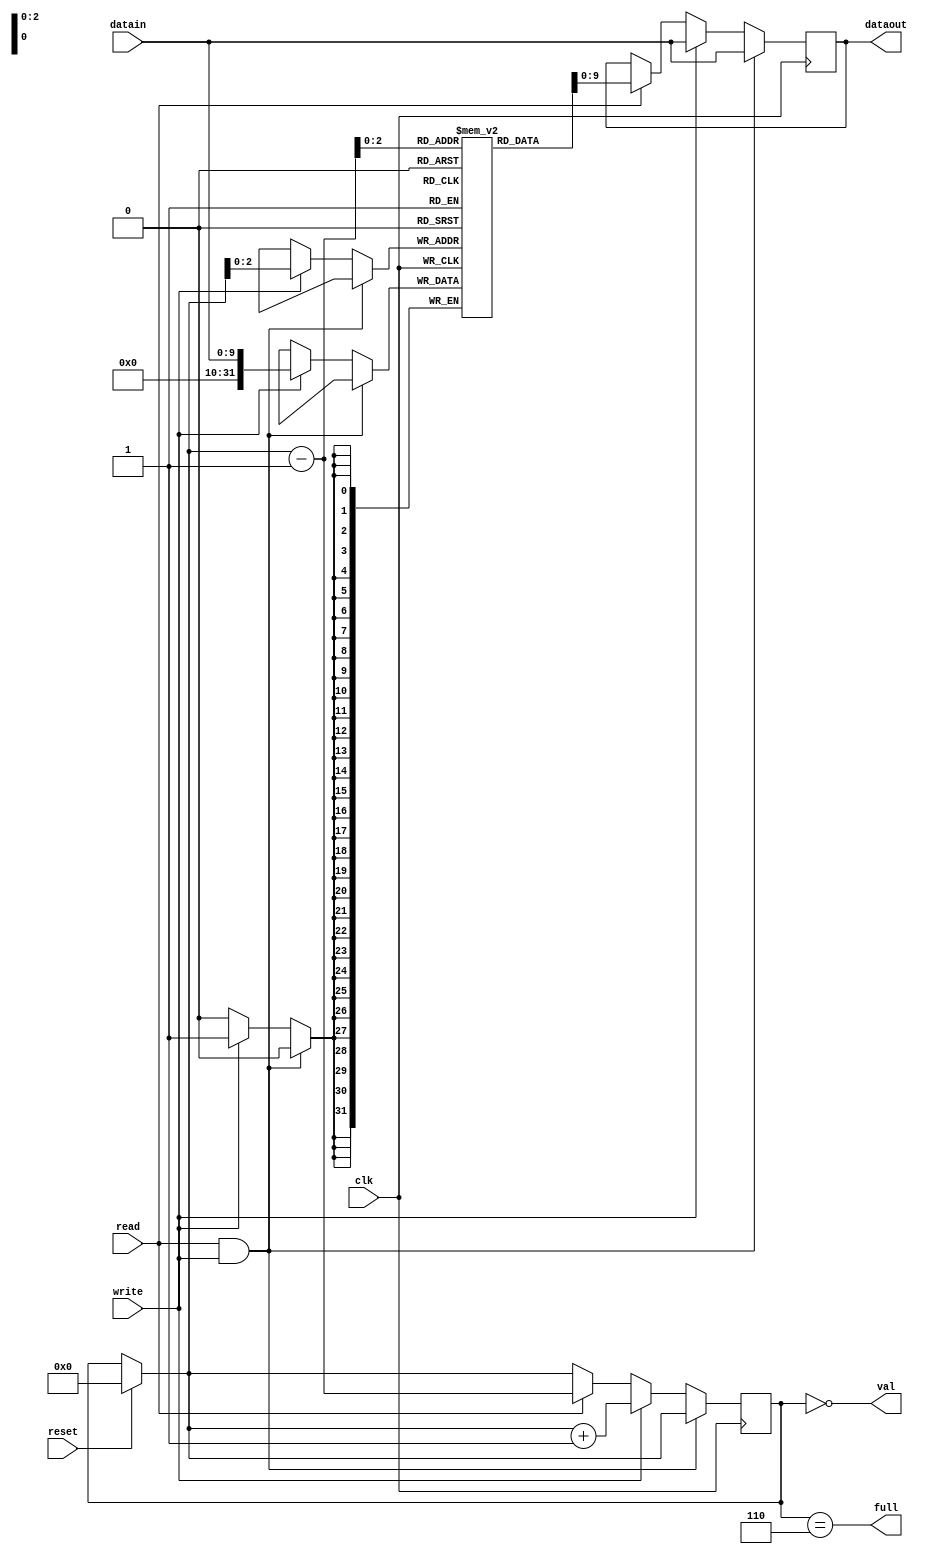
module lifo 
#(
    parameter LIFO_SIZE=6,
    parameter DATA_W=10
)
(
    input write,
    input [DATA_W-1:0]datain,
    input read,
    input clk,
    input reset,
    output [DATA_W-1:0]dataout,
    output val,
    output full
);

reg [$clog2(DATA_W) + ($clog2(DATA_W) != $clog2(DATA_W))-1:0] addr = 'b0;
reg [DATA_W-1:0] data;
reg [31:0] mem [LIFO_SIZE-1:0];
assign dataout = data;
assign full = addr == LIFO_SIZE;
assign val = addr == 0;

always @ (posedge clk) begin
    if (reset) begin
        addr = 0;
    end
    if (read & write) begin
        data <= datain;
    end
    else if (write) begin
        mem[addr] <= datain;
        addr <= addr + 1;
        data <= datain;
    end
    else if (read) begin
        addr <= addr - 1;
        data <= mem[addr - 1];
    end
end

endmodule